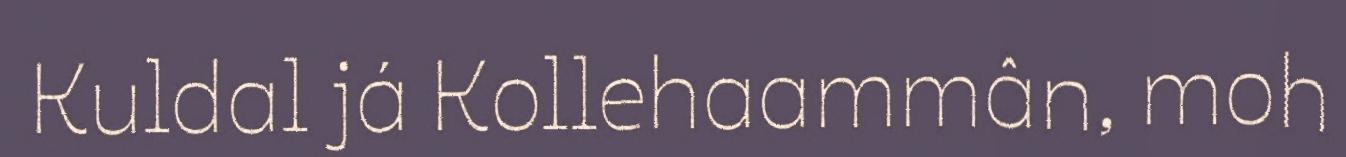
Kuldal já Kollehaammân, moh